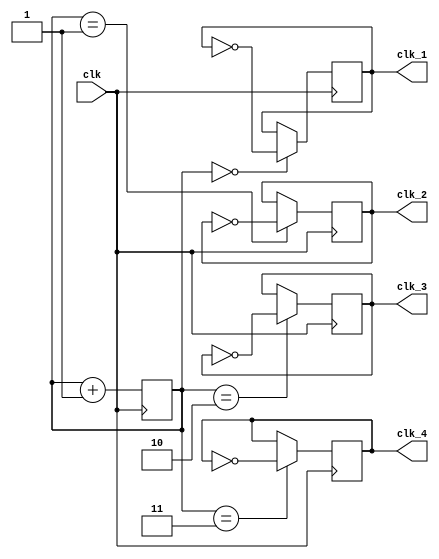
module Johnson_Counter_Clock_Divider (
    input wire clk,
    output reg clk_1,
    output reg clk_2,
    output reg clk_3,
    output reg clk_4
);

reg [3:0] counter;

always @ (posedge clk) begin
    counter <= counter + 1;
    
    case (counter)
        4'h0: begin
            clk_1 <= ~clk_1;
        end
        4'h1: begin
            clk_2 <= ~clk_2;
        end
        4'h2: begin
            clk_3 <= ~clk_3;
        end
        4'h3: begin
            clk_4 <= ~clk_4;
        end
    endcase
end

endmodule